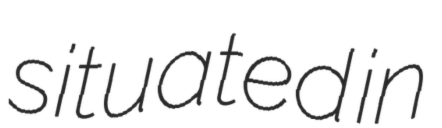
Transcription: situated in